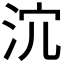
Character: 𣲽